Indian journal of veterinary science and animal husbandry - Volumes 24-25, 1954-1955
Year: 1954
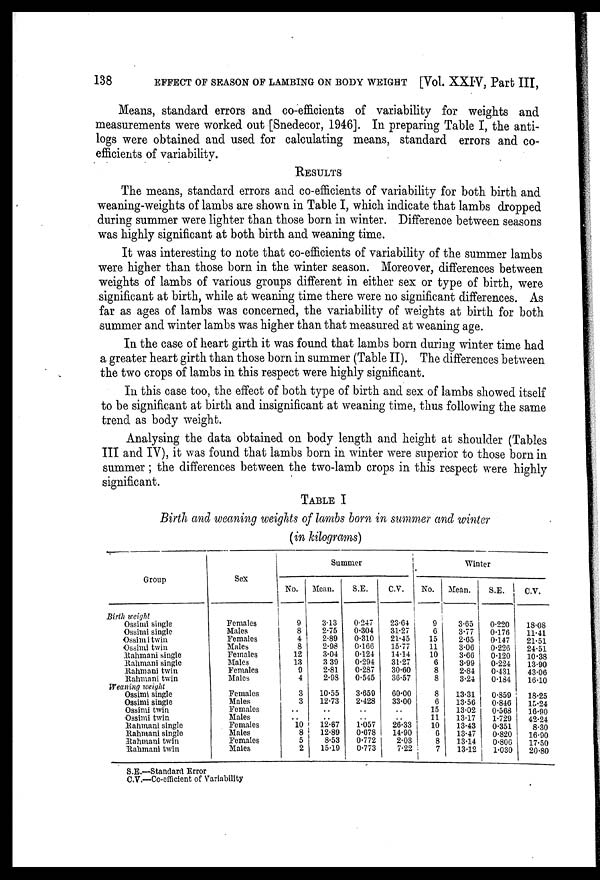
138
EFFECT OF SEASON OF LAMBING ON BODY WEIGHT [Vol. XXIV, Part III,
Means, standard errors and co-efficients of variability for weights and
measurements were worked out [Snedecor, 1946]. In preparing Table I, the anti-
logs were obtained and used for calculating means, standard errors and co-
efficients of variability.
RESULTS
The means, standard errors and co-efficients of variability for both birth and
weaning-weights of lambs are shown in Table I, which indicate that lambs dropped
during summer were lighter than those born in winter. Difference between seasons
was highly significant at both birth and weaning time.
It was interesting to note that co-efficients of variability of the summer lambs
were higher than those born in the winter season. Moreover, differences between
weights of lambs of various groups different in either sex or type of birth, were
significant at birth, while at weaning time there were no significant differences. As
far as ages of lambs was concerned, the variability of weights at birth for both
summer and winter lambs was higher than that measured at weaning age.
In the case of heart girth it was found that lambs born during winter time had
a greater heart girth than those born in summer (Table II). The differences between
the two crops of lambs in this respect were highly significant.
In this case too, the effect of both type of birth and sex of lambs showed itself
to be significant at birth and insignificant at weaning time, thus following the same
trend as body weight.
Analysing the data obtained on body length and height at shoulder (Tables
III and IV), it was found that lambs born in winter were superior to those born in
summer ; the differences between the two-lamb crops in this respect were highly
significant.
TABLE I
Birth and weaning weights of lambs born in summer and winter
(in kilograms)
Group
Birth weight
Ossimi single
Ossimi single
Ossimi twin
Ossimi twin
Rahmani single
Rahmani single
Rahmani twin
Rahmani twin
Weaning weight
Ossimi single
Ossimi single
Ossimi twin
Ossimi twin
Rahmani single
Rahmani single
Rahmani twin
Rahmani twin
Sex
|
Females
Males
Females
Males
Females
Males
Females
Males
Females
Males
Females
Males
Females
Males
Females
Males
No.
9
8
4
8
12
13
9
4
3
3
..
.. 10 8
5
2
Summer
Mean.
3.13
2.75
2.89
2.98
3.04
3.39
2.81
2.98
10.55
12.73
..
.. 12.67
12.89
8.53
15.19
S.E.
0.247
0.304
0.310
0.166
0.124
0.294
0.287
0.545
3.659
2.428
..
.. 1.057
0.678
0.772
0.773
C.V.
23.64
31.27
21.45
15.77
14.14
31.27
30.60
36.57
60.00
33.00
..
.. 26.33
14.90
2.03
7.22
No.
9
6
15
11
10
6
8
8
8
6
15
11
10
6
8
7
Winter
Mean.
3.65
3.77
2.65
3.06
3.66
3.99
2.84
3.24
13.31
13.56
13.02
13.17
13.43
13.47
13.14
13.12
S.E.
0.220
0.176
0.147
0.226
0.120
0.224
0.431
0.184
0.859
0.846
0.568
1.729
0.351
0.820
0.806
1.030
C.V.
18.08
11.41
21.51
24.51
10.38
13.90
43.06
16.10
18.25
15.24
16.90
42.24
8.30
16.90
17.50
20.80
S.E.—Standard Error
C.V.—Co-efficient of Variability